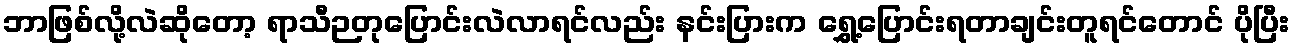
ဘာဖြစ်လို့လဲဆိုတော့ ရာသီဉတုပြောင်းလဲလာရင်လည်း နင်းပြားက ရွှေ့ပြောင်းရတာချင်းတူရင်တောင် ပိုပြီး